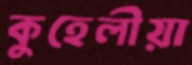
কুহেলীয়া